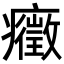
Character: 癥